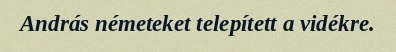
András németeket telepített a vidékre.